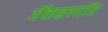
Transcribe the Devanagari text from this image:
मॅकडरमॉट